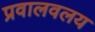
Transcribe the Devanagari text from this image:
प्रवालवलय